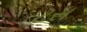
ટસ